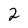
Character: 2